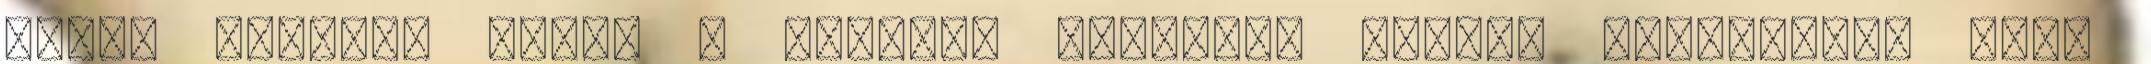
nincs szükség abból a célból, amelyből azokat gyűjtötték vagy